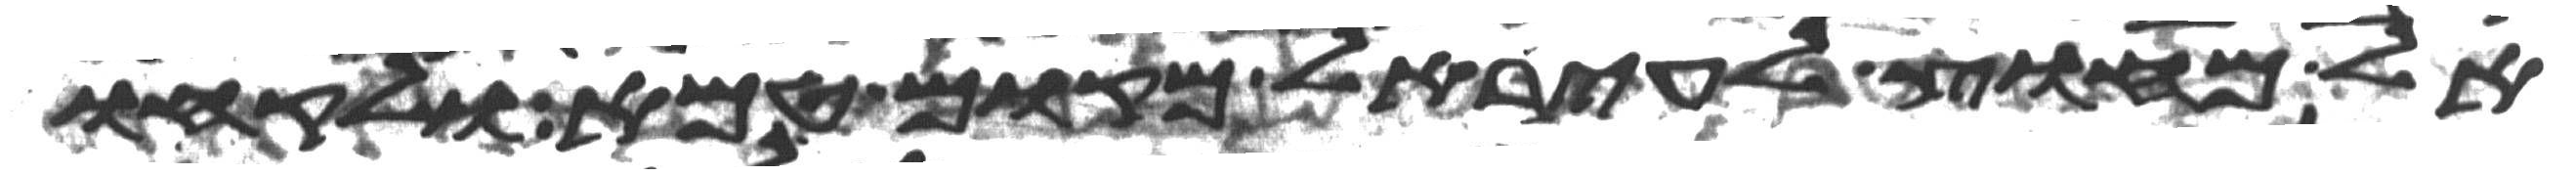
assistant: אל מחוץ לעיר אל מקום טמא ולקחו